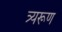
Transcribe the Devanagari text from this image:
त्र्यरूण